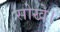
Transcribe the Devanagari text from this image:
सोखे।